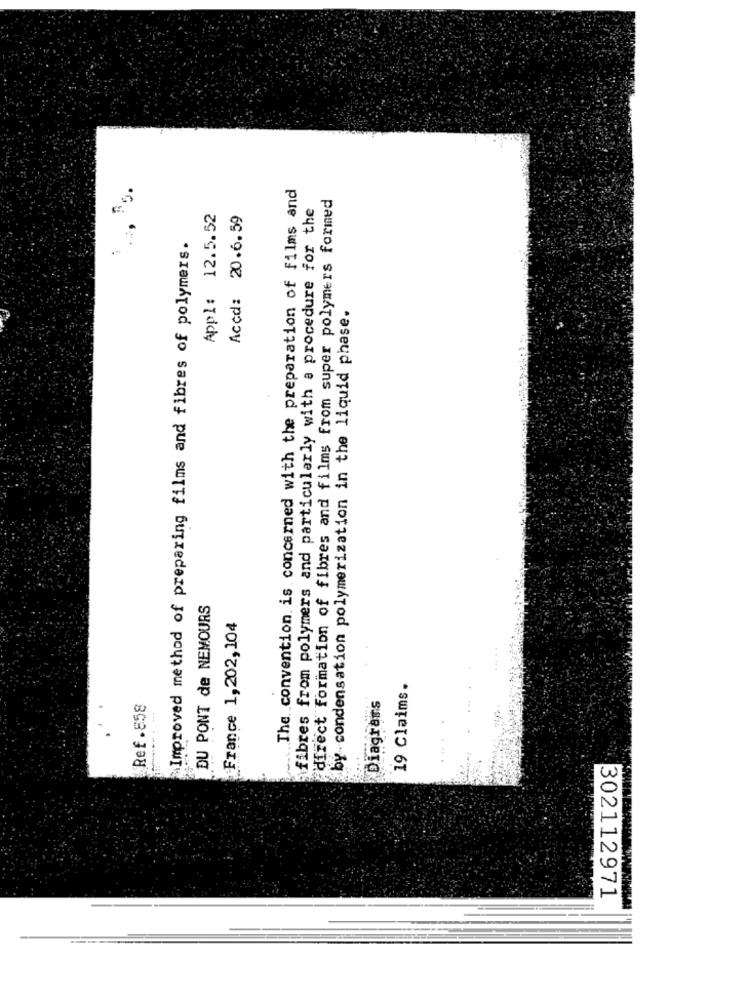
The convention is concerned with the preparation of films and
direct formation of fibres and films from super polymers formed
fibres from polymers and particularly with a procedure for the
Appl: 12.5.52
Accd: 20.6. 59
Improved method of preparing films and fibres of polymers.
by condensation polymerization in the liquid phase.
DU PONT de NEMOURS
France 1,202,104
19 Claims.
Ref.858
Diagrams
302112971
----